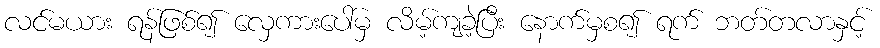
လင်မယား ရန်ဖြစ်၍ လှေကားပေါ်မှ လိမ့်ကျခဲ့ပြီး နောက်မှစ၍ ရက် ဘတ်တလာနှင့်